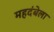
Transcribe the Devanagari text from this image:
महदंबेला